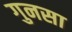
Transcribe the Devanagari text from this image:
गुनसा